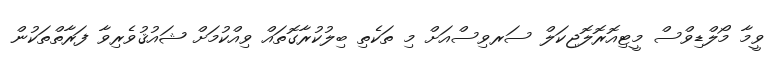
ވީމާ މޯލްޑިވްސް މީޓިއޮރޮލޮޖިކަލް ސަރވިސްއަށް މި ތަކެތި ބިލުކުރާގޮތައް ވިއްކުމަށް ޝައުޤުވެރިވާ ފަރާތްތަކުން